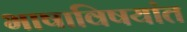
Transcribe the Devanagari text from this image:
भाषाविषयांत